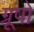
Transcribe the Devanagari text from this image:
ग्रूपो